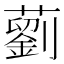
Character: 藰